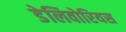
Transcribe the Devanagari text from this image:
डेलिवोरियस